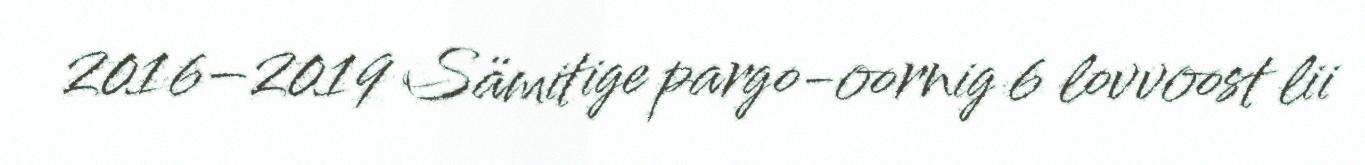
2016–2019 Sämitige pargo-oornig 6 lovvoost lii